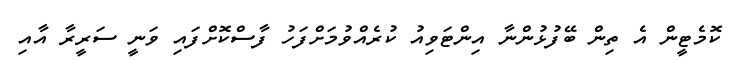
ކޮމެޓީން އެ ތިން ބޭފުޅުންނާ އިންޓަވިއު ކުރެއްވުމަށްފަހު ފާސްކޮށްފައި ވަނީ ސަރީރާ އާއި